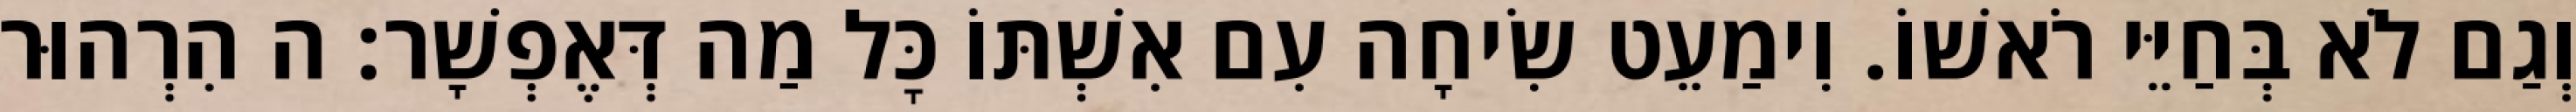
וְגַם לֹא בְּחַיֵּי רֹאשׁוֹ. וִימַעֵט שִׂיחָה עִם אִשְׁתּוֹ כׇּל מַה דְּאֶפְשָׁר: ה הִרְהוּר